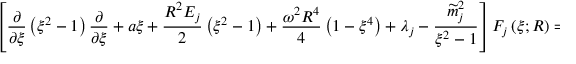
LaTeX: \left[ \frac { \partial } { \partial \xi } \left( \xi ^ { 2 } - 1 \right) \frac { \partial } { \partial \xi } + a \xi + \frac { R ^ { 2 } E _ { j } } { 2 } \left( \xi ^ { 2 } - 1 \right) + \frac { \omega ^ { 2 } R ^ { 4 } } { 4 } \left( 1 - \xi ^ { 4 } \right) + \lambda _ { j } - \frac { \widetilde { m } _ { j } ^ { 2 } } { \xi ^ { 2 } - 1 } \right] F _ { j } \left( \xi ; R \right) = 0 ,